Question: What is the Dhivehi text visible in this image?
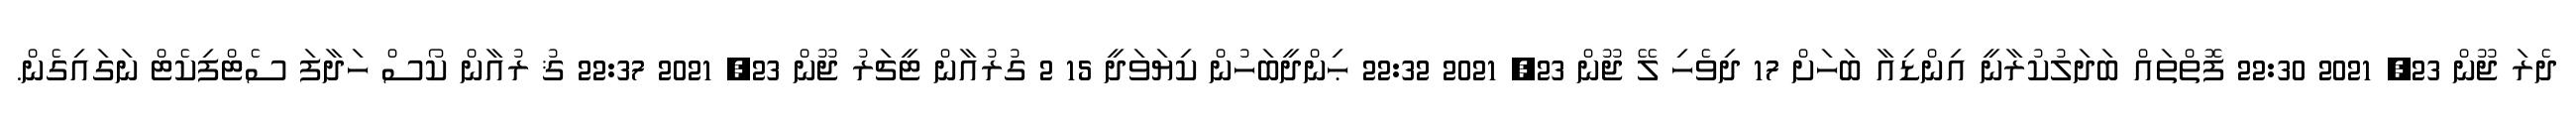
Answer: ދެރަ ޖޫން 23, 2021 22:30 ފޮތްތައް ބަދަލުކުރާނީ އިންޑިއާ ބަހަށް 17 ދިވެހި ލޭ ޖޫން 23, 2021 22:32 ޙިންދީބަހުން ކިޔަވަދީ 15 2 ގުރުއާން ޓީޗަރު ޖޫން 23, 2021 22:37 ޤު ރުއާން ކޯސް ހަދާފަ ސެޓްފިކެޓް ނަގައިގެން.